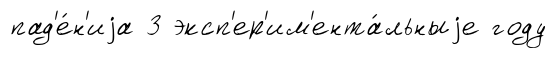
пад'е́н'иjа 3 эксп'ер'им'ента́льныjе году